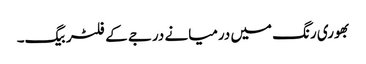
بھوری رنگ میں درمیانے درجے کے فلٹر بیگ۔